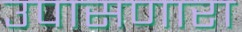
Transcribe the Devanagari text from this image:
उपासणारा